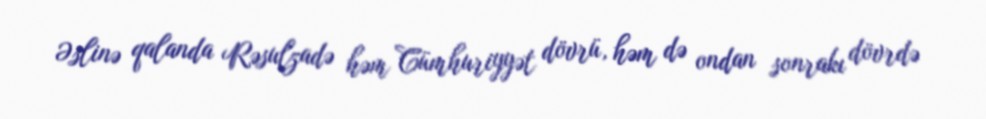
Əslinə qalanda Rəsulzadə həm Cümhuriyyət dövrü, həm də ondan sonrakı dövrdə